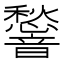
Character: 𮧿